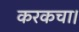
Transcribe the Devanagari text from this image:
करकचा।